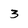
Character: 3